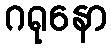
ဂရုနော